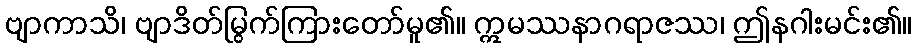
ဗျာကာသိ၊ ဗျာဒိတ်မြွက်ကြားတော်မူ၏။ ဣမဿနာဂရာဇဿ၊ ဤနဂါးမင်း၏။